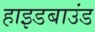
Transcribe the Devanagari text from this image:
हाइडबाउंड